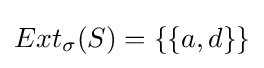
Ext_{\sigma }(S)=\{\{a,d\}\}